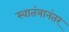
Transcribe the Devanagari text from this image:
स्वातंत्रानंतर